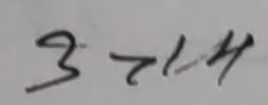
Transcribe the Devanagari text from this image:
९२७१५